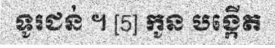
ទូរជន់ ។ [5] កូន បង្កើត